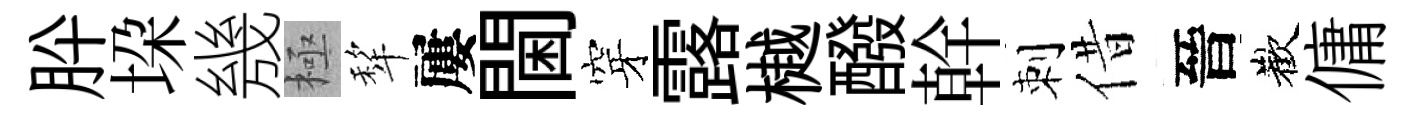
肸垜㡬極犂屢閫穿露樾醱幹刺借晉歡傭